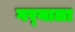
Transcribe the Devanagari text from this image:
गर्‍याला